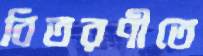
বিতরণীতে